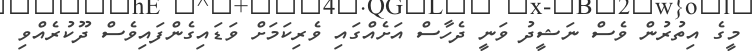
މީގެ އިތުރުން ވެސް ނަޝީދު ވަނީ ދެހާސް އަށެއްގައި ވެރިކަމަށް ވަޑައިގެންފައިވެސް ދޫކުރެއްވި